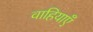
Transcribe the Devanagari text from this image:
वाहियाएँ